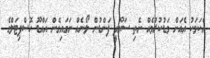
އެކަމަކު އެއަށް މަޑުކުރުމެއް ނެތި ސައޫދީ ފަންޑުން ލޯނެއް ނަގައިގެން އައްޑޫ ހޮސްޕިޓަލްގެ